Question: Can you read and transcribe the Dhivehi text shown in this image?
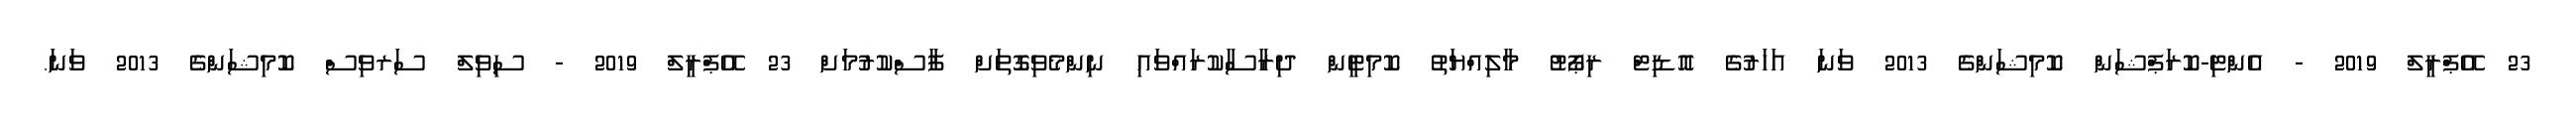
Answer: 23 އޭޕްރީލް 2019 - އެންޓި-ކޮރަޕްޝަން ކޮމިޝަންގެ 2013 ވަނަ އަހަރުގެ އޮޑިޓް ރިޕޯޓު މާލިއްޔަތު ކޮމިޓީން ދިރާސާކުރައްވައި ނިންމެވިގޮތަށް ފާސްކުރުމަށް 23 އޭޕްރީލް 2019 - ސިވިލް ސަރވިސް ކޮމިޝަންގެ 2013 ވަނަ.